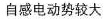
自感电动势较大